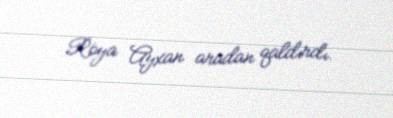
Röya Ayxan aradan qaldırdı.